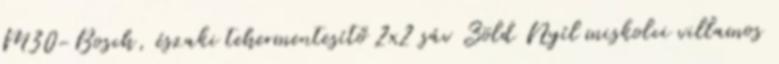
M30-Bosch, északi tehermentesítő 2x2 sáv Zöld Nyíl miskolci villamos